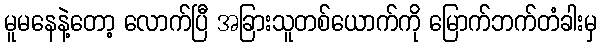
မူမနေနဲ့တော့ လောက်ပြီ အခြားသူတစ်ယောက်ကို မြောက်ဘက်တံခါးမှ